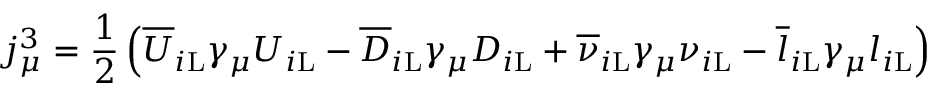
j _ { \mu } ^ { 3 } = { \frac { 1 } { 2 } } \left( { \overline { { U } } } _ { i \mathrm { L } } \gamma _ { \mu } U _ { i \mathrm { L } } - { \overline { { D } } } _ { i \mathrm { L } } \gamma _ { \mu } D _ { i \mathrm { L } } + { \overline { { \nu } } } _ { i \mathrm { L } } \gamma _ { \mu } \nu _ { i \mathrm { L } } - { \overline { { l } } } _ { i \mathrm { L } } \gamma _ { \mu } l _ { i \mathrm { L } } \right)